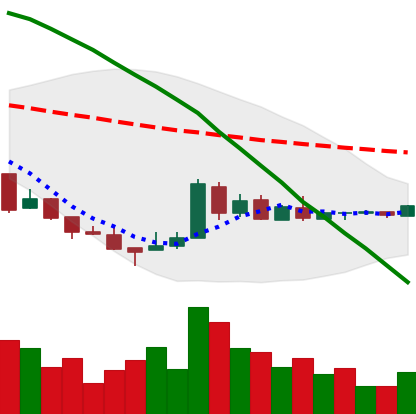
Ticker: XRP-USD
Chart end date: 2018-08-27
Forward return: 3.211%
Label: up_3_5